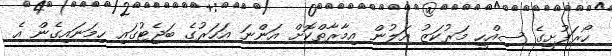
ހޯރަފުށީގެ ސިއްހީ މަރުކަޒު އަލުން އިމާރާތްކޮށް އަންނަ އަހަރުގެ ބަޖެޓުގައި ހިމަނައިގެން އެ